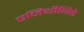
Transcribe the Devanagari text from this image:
एजिथीनिडे